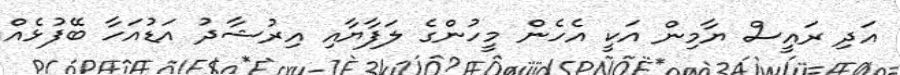
އަދި ރައީސް ޔާމިން އަކީ އެހެން މީހުންގެ ލަފާޔާއި އިރުޝާދު އަޑުއަހާ ބޭފުޅެއް